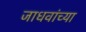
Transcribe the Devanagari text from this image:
जाधवांच्या